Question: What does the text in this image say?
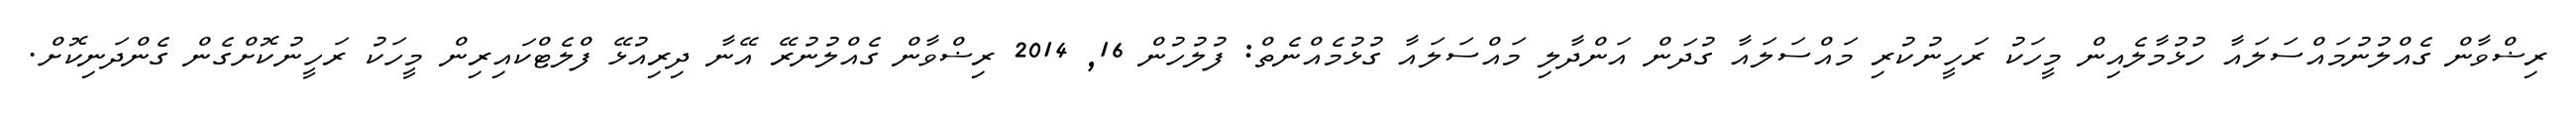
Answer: ރިޟްވާން ގެއްލުނުމައްސަލައާ ހުޅުމާލެއިން މީހަކު ރަހީނުކުރި މައްސަލައާ ގުދަން އަންދާލި މައްސަލައާ ގުޅުމެއްނެތް: ފުލުހުން 16, 2014 ރިޟްވާން ގެއްލުނުރޭ އޭނާ ދިރިއުޅޭ ފްލެޓްކައިރިން މީހަކު ރަހީނުކޮށްގެން ގެންދަނިކޮށް.